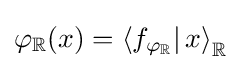
\varphi _{\mathbb {R} }(x)=\left\langle f_{\varphi _{\mathbb {R} }}|\,x\right\rangle _{\mathbb {R} }